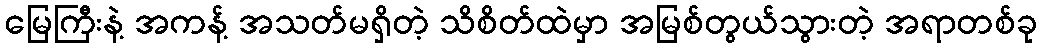
မြေကြီးနဲ့ အကန့် အသတ်မရှိတဲ့ သိစိတ်ထဲမှာ အမြစ်တွယ်သွားတဲ့ အရာတစ်ခု